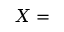
X =